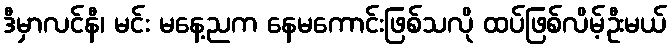
ဒီမှာလင်နီ၊ မင်း မနေ့ညက နေမကောင်းဖြစ်သလို ထပ်ဖြစ်လိမ့်ဦးမယ်